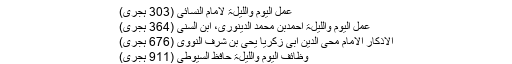
مثلاً
عمل الیوم واللیلۃ لامام النسائی (303 ہجری)
عمل الیوم واللیلۃ احمدبن محمد الدینوری، ابن السنی (364 ہجری)
الاذکار الامام محی الدین ابی زکریا یحی بن شرف النووی (676 ہجری)
وظائف الیوم واللیلۃ حافظ السیوطی (911 ہجری)
15۔